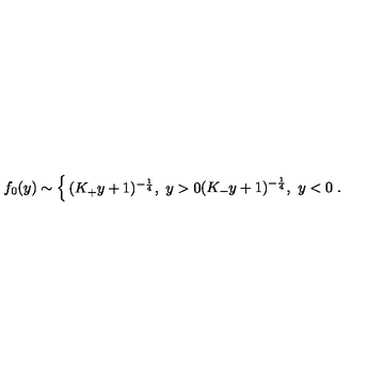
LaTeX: f _ { 0 } ( y ) \sim \left\{ \begin{matrix} { ( K _ { + } y + 1 ) ^ { - { \frac { 1 } { 4 } } } , \ y > 0 } \\ { ( K _ { - } y + 1 ) ^ { - { \frac { 1 } { 4 } } } , \ y < 0 } \\ \end{matrix} \right. .